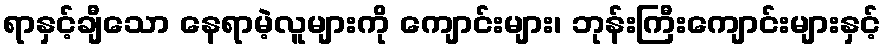
ရာနှင့်ချီသော နေရာမဲ့လူများကို ကျောင်းများ၊ ဘုန်းကြီးကျောင်းများနှင့်